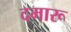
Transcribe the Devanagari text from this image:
दमारू